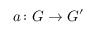
a \colon G \to G ^ { \prime }